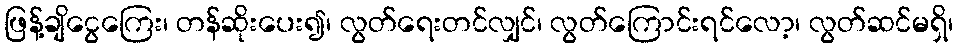
ဖြန့်ချိငွေကြေး၊ တန်ဆိုးပေး၍၊ လွတ်ရေးတင်လျှင်၊ လွတ်ကြောင်းရင်လော့၊ လွတ်ဆင်မရှိ၊